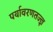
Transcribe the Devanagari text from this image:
पर्यावरणतज्ज्ञ